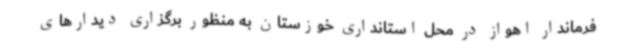
فرماندار اهواز در محل استانداری خوزستان به منظور برگزاری دیدارهای